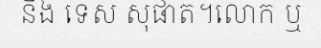
និង ទេស សុផាត។លោក ឬ